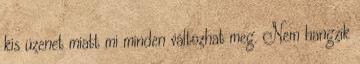
kis üzenet miatt mi minden változhat meg. Nem hangzik